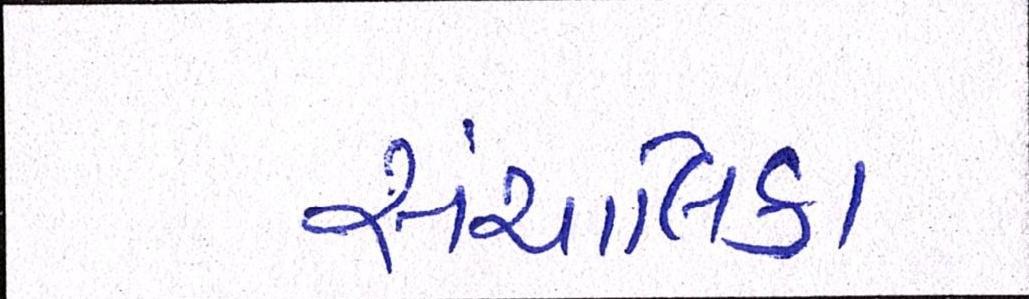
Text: સંચાલિકા